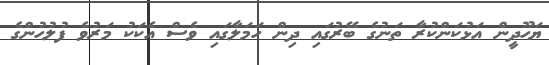
ޔަހޫދީން އަޅުކަންކުރާ ތަނުގެ ބޭރުގައި ދިން ހަމަލާގައި ވެސް އެކަކު މަރުވެ ފުލުހުންގެ